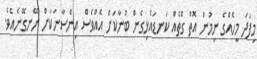
މިފަދަ މީހެއްގެ ނިމުން އޮތް ގޮތެއް ކަނޑައެޅިގެން ބުނާކަށް އެއްވެސް އިންސާނަކަށް ނޭނގޭނެއެވެ.